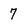
Character: 7